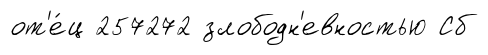
от'е́ц 257272 злободн'евностью Сб